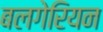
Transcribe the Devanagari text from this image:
बलगेरियन